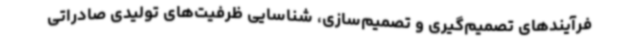
فرآیندهای تصمیم‌گیری و تصمیم‌سازی، شناسایی ظرفیت‌های تولیدی صادراتی